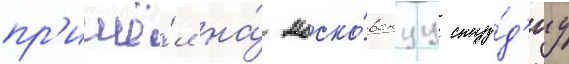
пр'ишё́л на́ моско́вскуу сту́д'иу